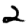
Digit: 2